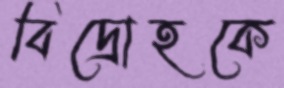
বিদ্রোহকে